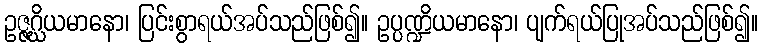
ဥဇ္ဇဂ္ဃိယမာနော၊ ပြင်းစွာရယ်အပ်သည်ဖြစ်၍။ ဥပ္ပဏ္ဍိယမာနော၊ ပျက်ရယ်ပြုအပ်သည်ဖြစ်၍။